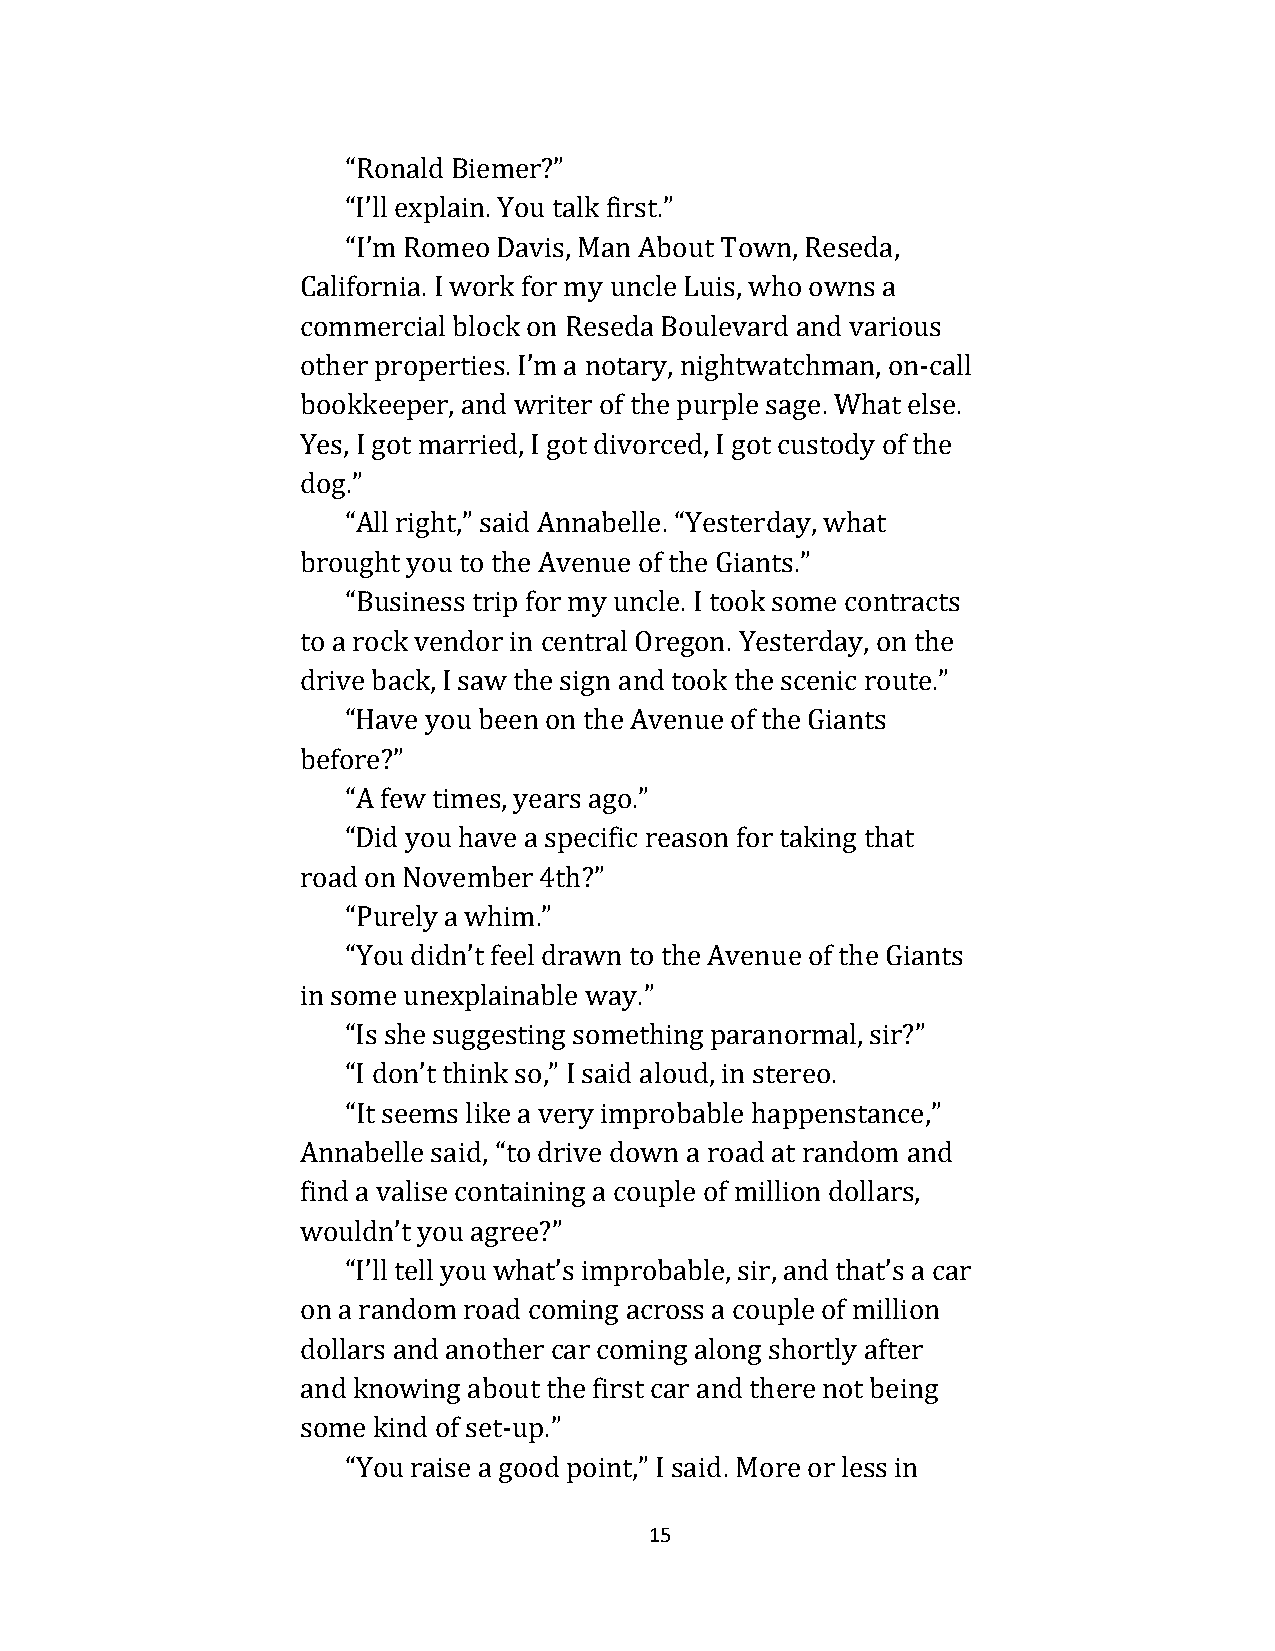
“Ronald Biemer?”
 “I’ll explain. You talk first.”
 “I’m Romeo Davis, Man About Town, Reseda,
 California. I work for my uncle Luis, who owns a
 commercial block on Reseda Boulevard and various
 other properties. I’m a notary, nightwatchman, on-call
 bookkeeper, and writer of the purple sage. What else.
 Yes, I got married, I got divorced, I got custody of the
 dog.”
 “All right,” said Annabelle. “Yesterday, what
 brought you to the Avenue of the Giants.”
 “Business trip for my uncle. I took some contracts
 to a rock vendor in central Oregon. Yesterday, on the
 drive back, I saw the sign and took the scenic route.”
 “Have you been on the Avenue of the Giants
 before?”
 “A few times, years ago.”
 “Did you have a specific reason for taking that
 road on November 4th?”
 “Purely a whim.”
 “You didn’t feel drawn to the Avenue of the Giants
 in some unexplainable way.”
 “Is she suggesting something paranormal, sir?”
 “I don’t think so,” I said aloud, in stereo.
 “It seems like a very improbable happenstance,”
 Annabelle said, “to drive down a road at random and
 find a valise containing a couple of million dollars,
 wouldn’t you agree?”
 “I’ll tell you what’s improbable, sir, and that’s a car
 on a random road coming across a couple of million
 dollars and another car coming along shortly after
 and knowing about the first car and there not being
 some kind of set-up.”
 “You raise a good point,” I said. More or less in
 15